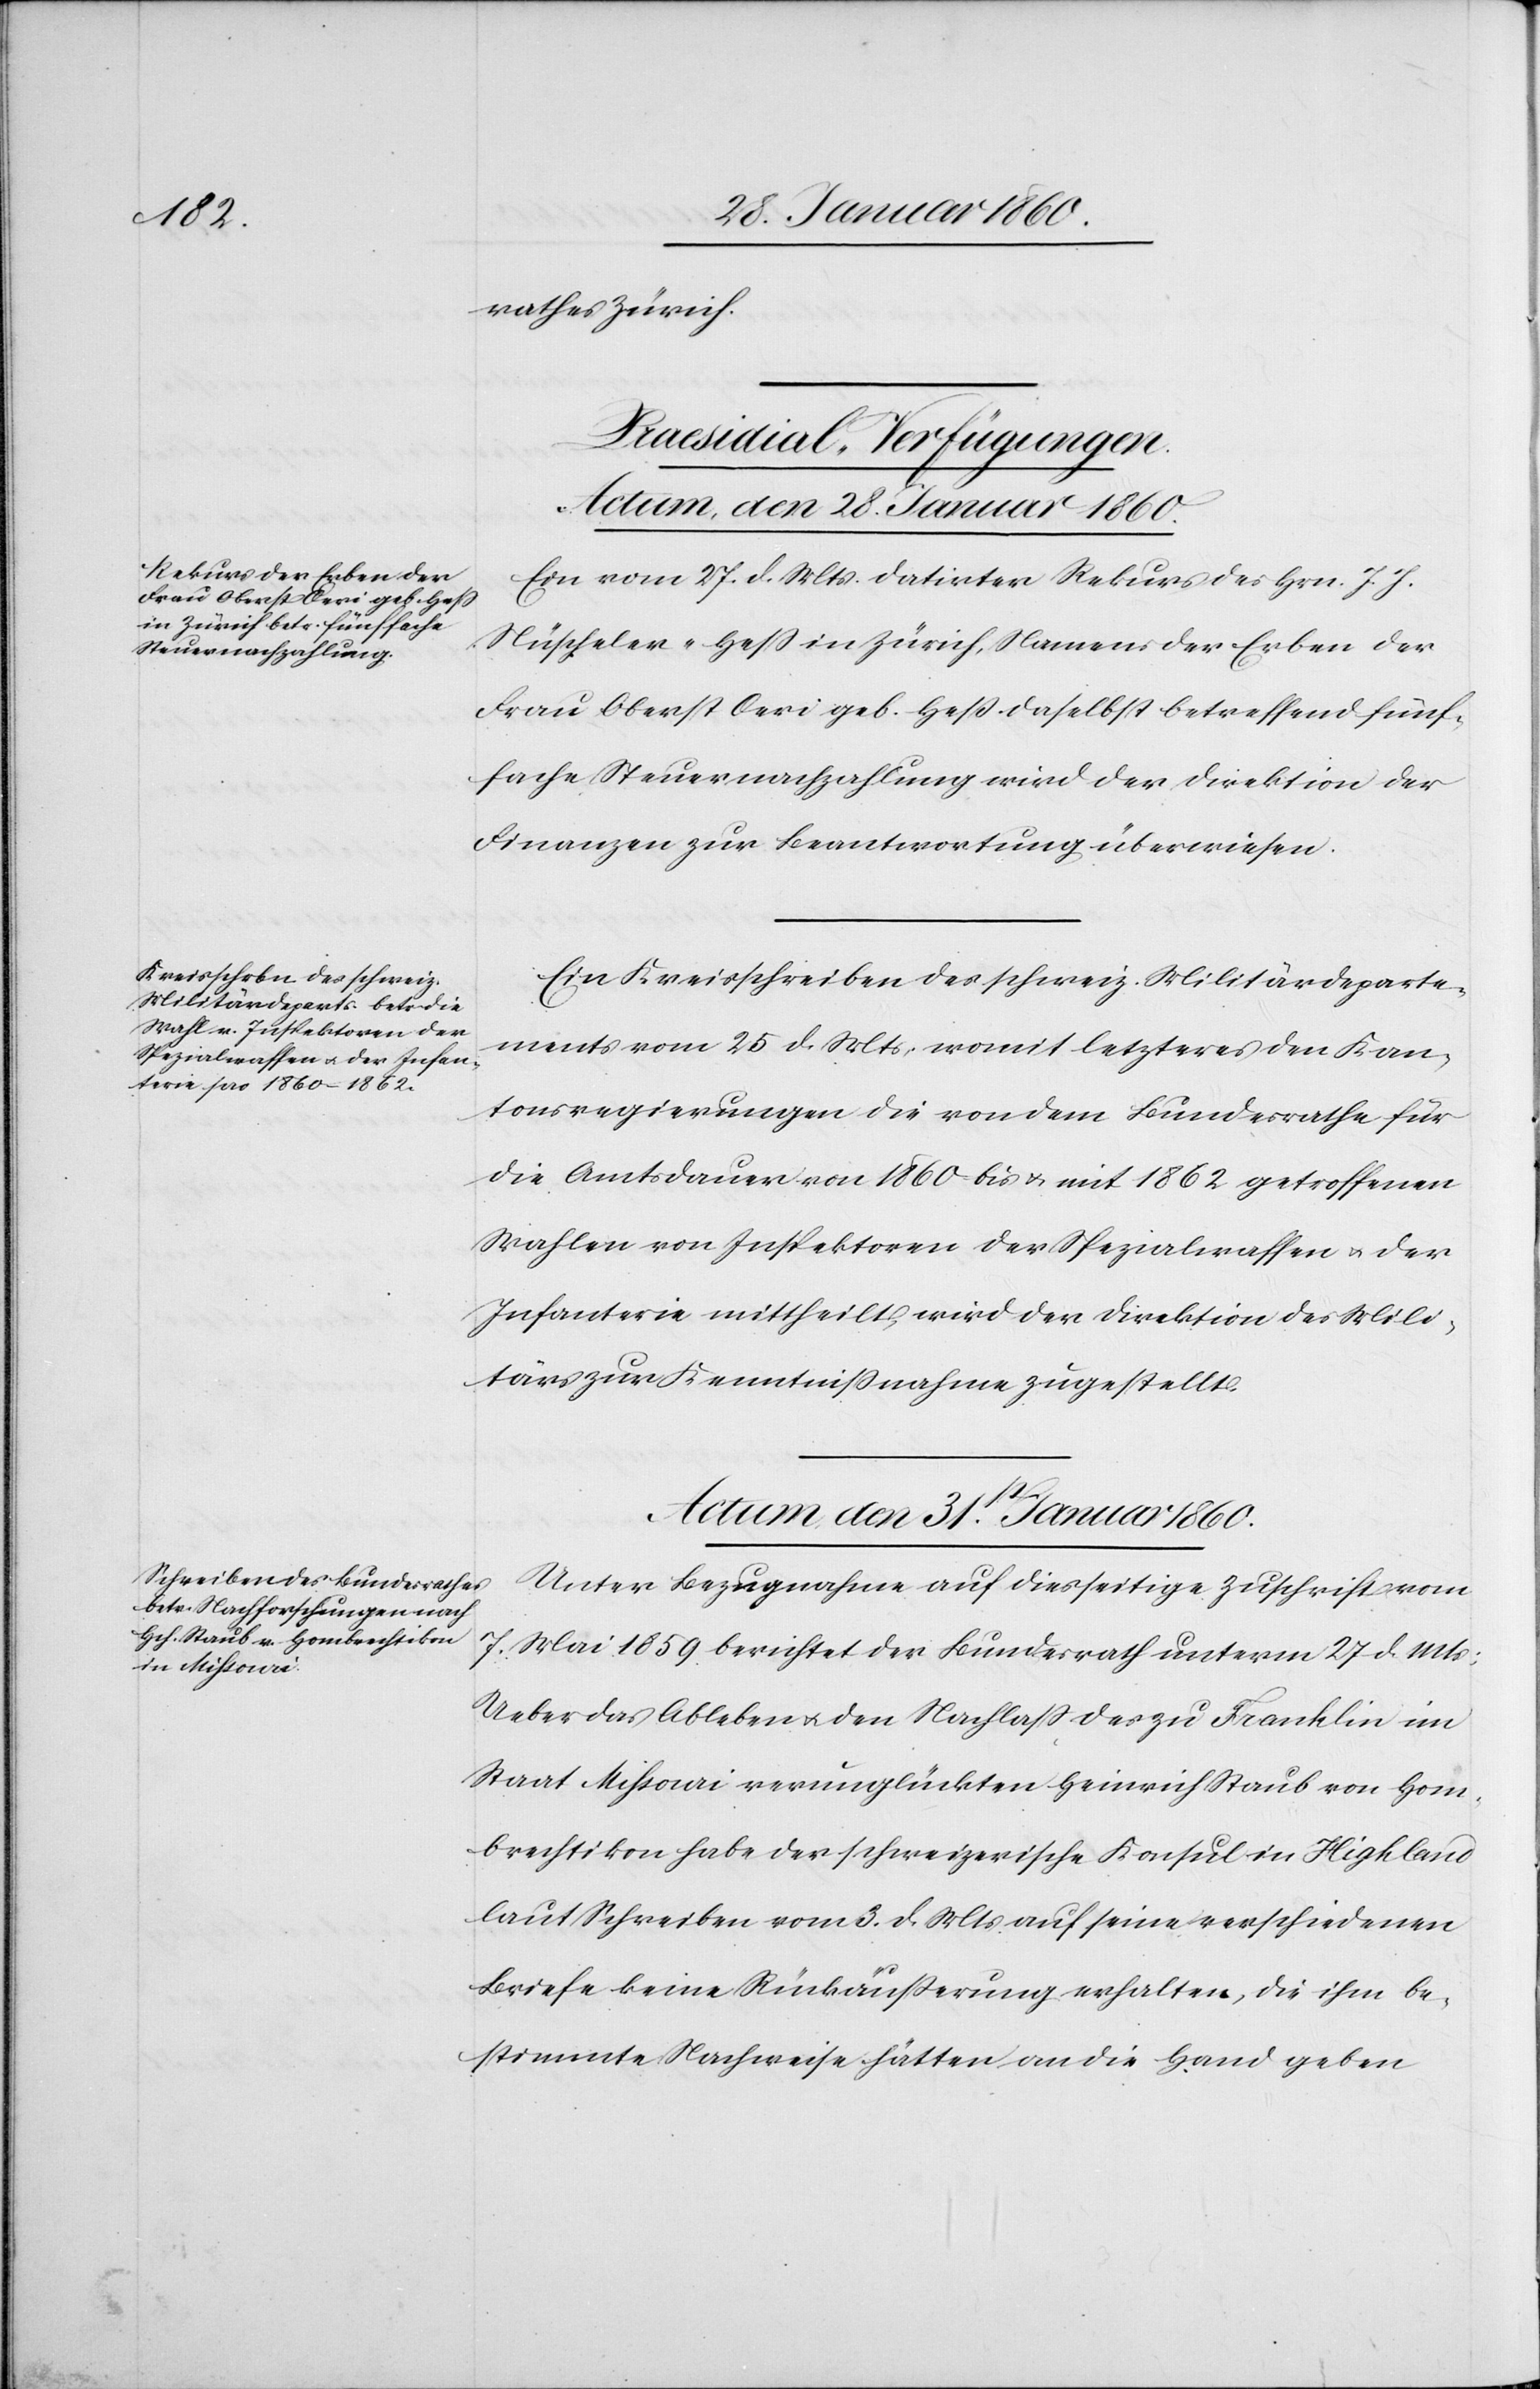
rathes Zürich.
[Praesidial-Verfügungen.]
Actum, den 28. Januar 1860.]
Ein vom 27. d. Mts. datirter Rekurs des Hrn. J. J.
Nüscheler-Hess in Zürich, Namens der Erben der
Frau Oberst Oeri geb. Hess daselbst betreffend fünf¬
fache Steuernachzahlung wird der Direktion der
Finanzen zur Beantwortung überwiesen.
Ein Kreisschreiben des schweiz. Militärdeparte¬
ment vom 25. d. Mts. womit letzteres den Kan¬
tonsregierungen die von dem Bundesrathe für
die Amtsdauer von 1860 bis u. mit 1862 getroffenen
Wahlen von Inspektoren der Specialwaffen u. der
Infanterie mittheilt, wird der Direktion der Mili¬
tärs zur Kenntnißnahme zugestellt.
Actum den 31. Januar 1860.
Unter Bezugnahme auf diesseitige Zuschrift vom
7. Mai 1859. berichtet der Bundesrath unterm 27. d. Mts:
Ueber das Ableben u. den Nachlass des zu Franklin im
Staat Missouri verunglückten Heinrich Staub von Hom¬
brechtikon habe der schweizerische Konsul in Highland
laut Schreiben vom 3. d. Mts. auf seine verschiedenen
Briefe keine Rückäusserung erhalten, die ihm be¬
stimmte Nachweise hätten an die Hand geben